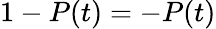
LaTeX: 1-P(t)=-P(t)